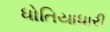
ધોતિયાધારી